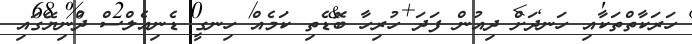
ހަރަކާތްތަކާއި ހަނދަށް ދިއުން ފަދަ ހުރިހާ ބޮޑެތި ކަމެއް ހިނގީ ޑެނިއެލްސް ދުނިޔޭގައި